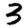
Digit: 3